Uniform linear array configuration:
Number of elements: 4
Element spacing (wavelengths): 0.75
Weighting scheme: hamming
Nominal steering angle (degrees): -45
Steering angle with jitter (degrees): -46.862
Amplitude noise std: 0.05
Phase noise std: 0.05

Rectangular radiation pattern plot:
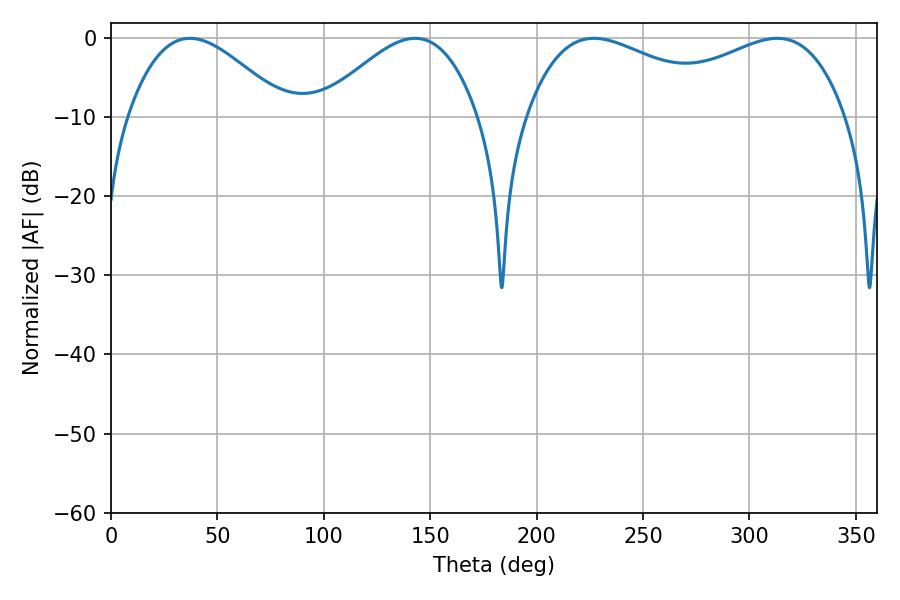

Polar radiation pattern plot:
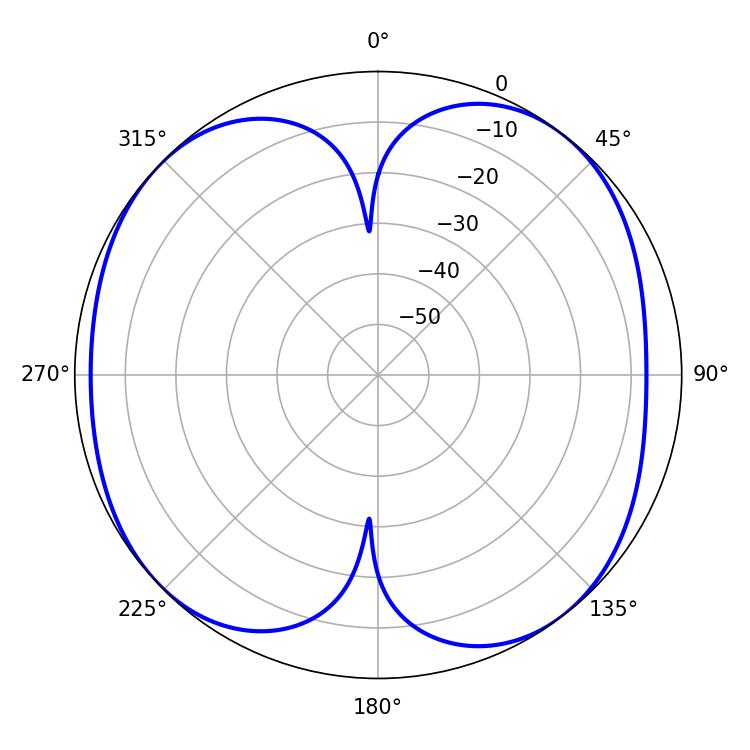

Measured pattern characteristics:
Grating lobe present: TRUE
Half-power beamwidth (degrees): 40.14
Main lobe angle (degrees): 37.08